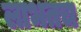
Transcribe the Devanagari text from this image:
लाभतच